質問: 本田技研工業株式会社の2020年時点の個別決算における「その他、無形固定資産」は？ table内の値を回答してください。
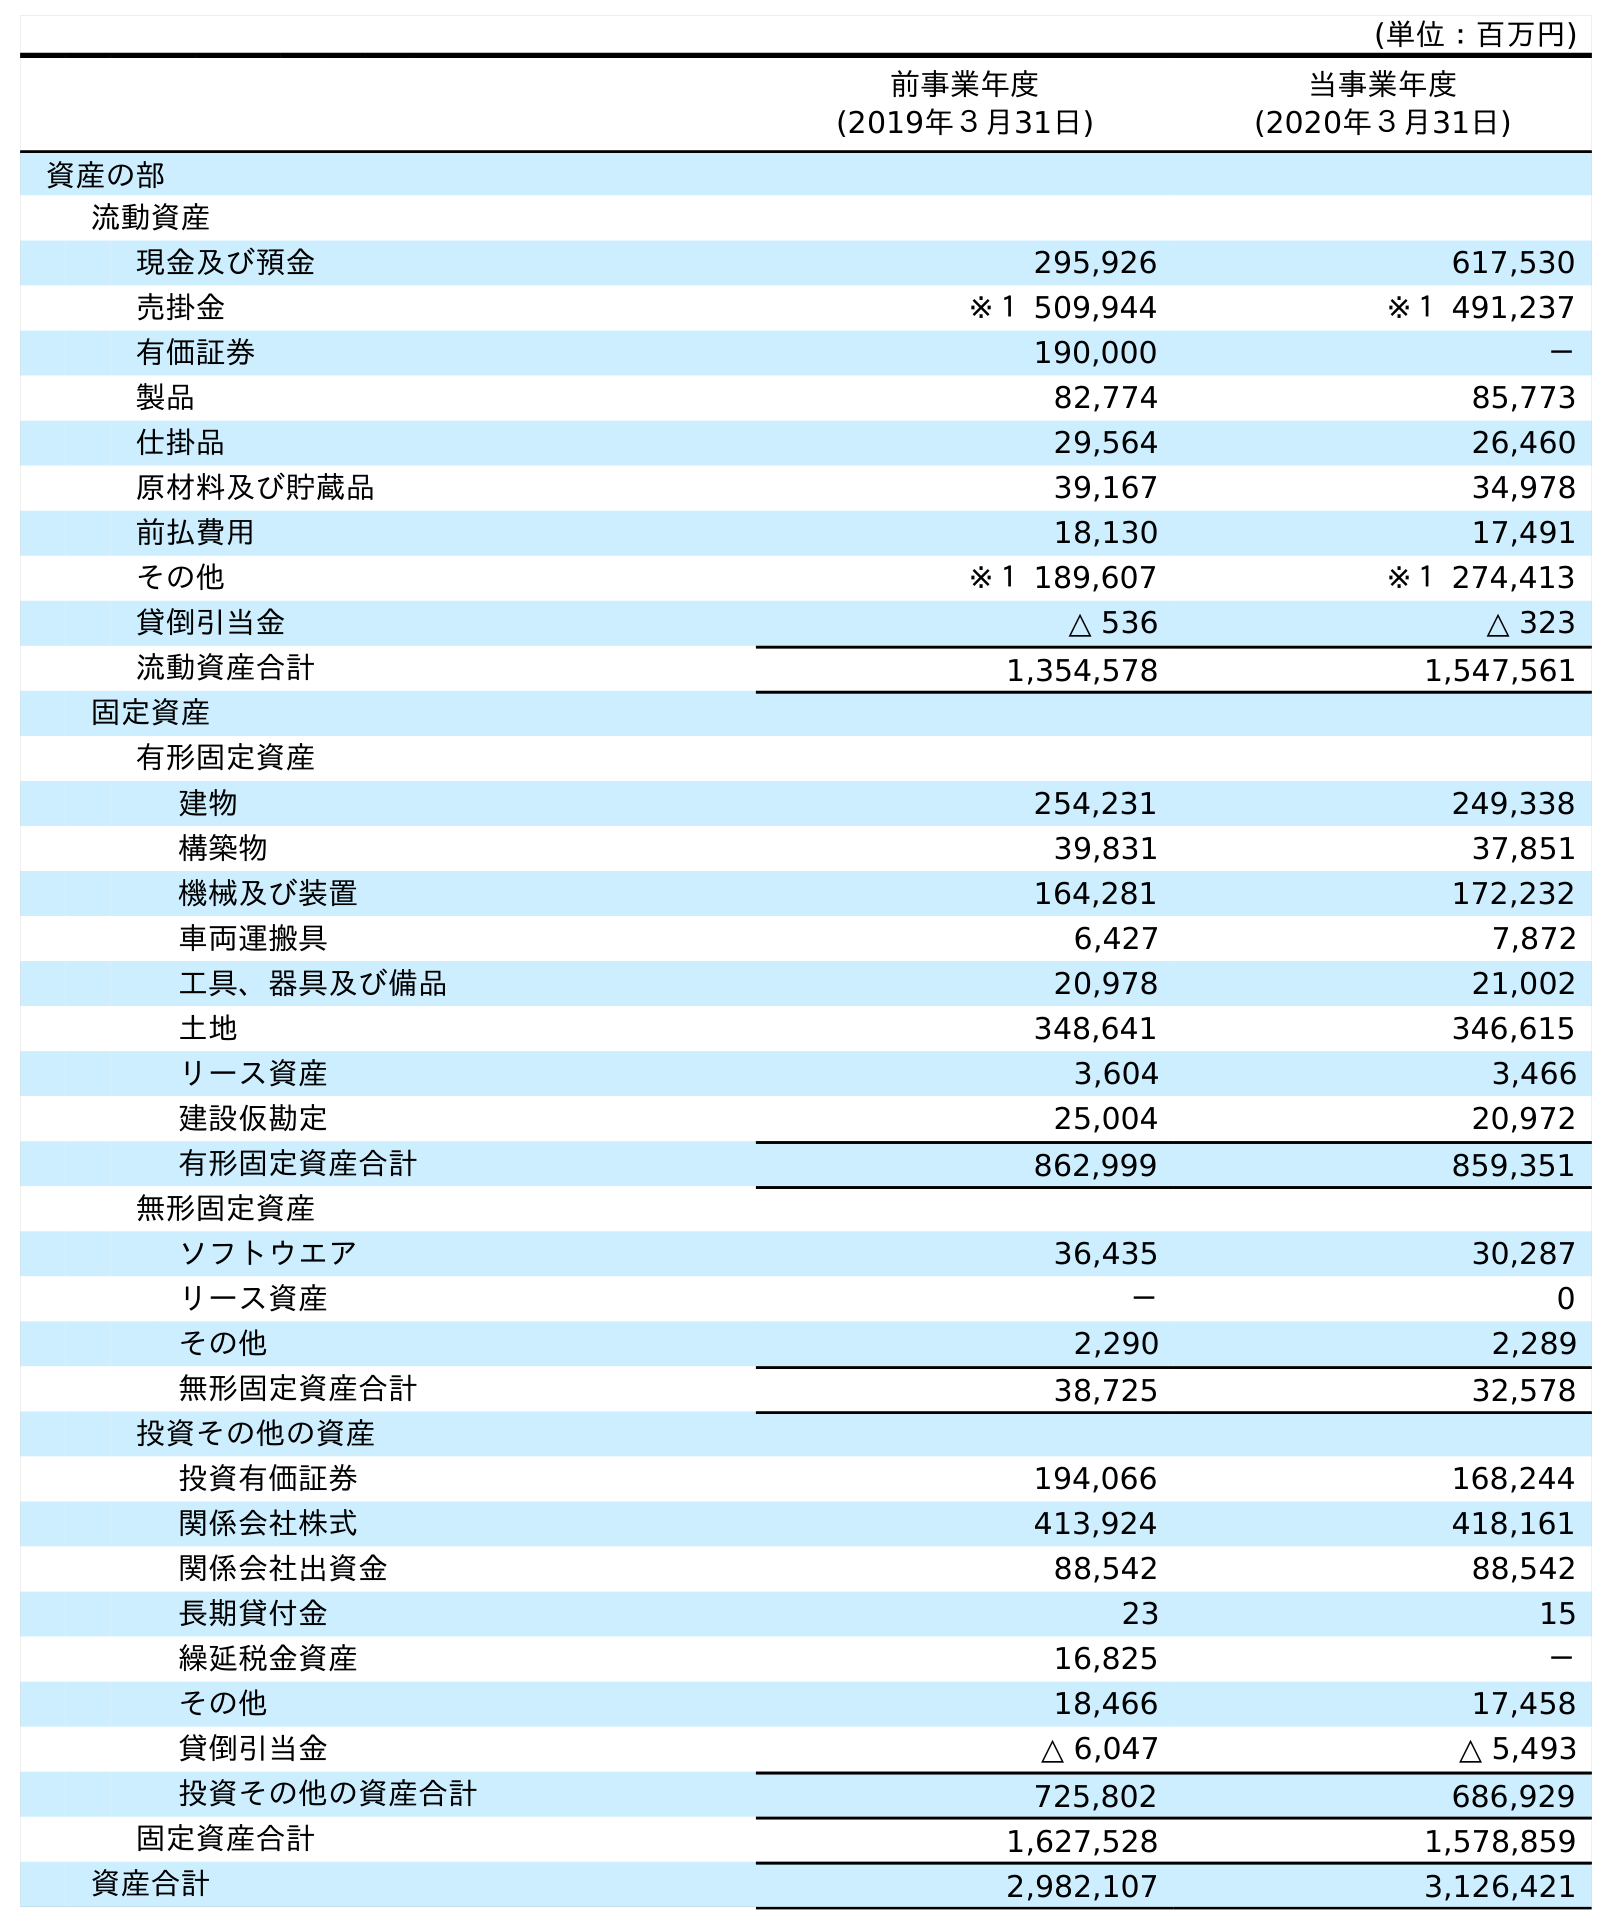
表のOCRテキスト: (単位：百万円) 前事業年度 (2019年３月31日) 当事業年度 (2020年３月31日) 資産の部 流動資産 現金及び預金 295,926 617,530 売掛金 ※１ 509,944 ※１ 491,237 有価証券 190,000 － 製品 82,774 85,773 仕掛品 29,564 26,460 原材料及び貯蔵品 39,167 34,978 前払費用 18,130 17,491 その他 ※１ 189,607 ※１ 274,413 貸倒引当金 △ 536 △ 323 流動資産合計 1,354,578 1,547,561 固定資産 有形固定資産 建物 254,231 249,338 構築物 39,831 37,851 機械及び装置 164,281 172,232 車両運搬具 6,427 7,872 工具、器具及び備品 20,978 21,002 土地 348,641 346,615 リース資産 3,604 3,466 建設仮勘定 25,004 20,972 有形固定資産合計 862,999 859,351 無形固定資産 ソフトウエア 36,435 30,287 リース資産 － 0 その他 2,290 2,289 無形固定資産合計 38,725 32,578 投資その他の資産 投資有価証券 194,066 168,244 関係会社株式 413,924 418,161 関係会社出資金 88,542 88,542 長期貸付金 23 15 繰延税金資産 16,825 － その他 18,466 17,458 貸倒引当金 △ 6,047 △ 5,493 投資その他の資産合計 725,802 686,929 固定資産合計 1,627,528 1,578,859 資産合計 2,982,107 3,126,421
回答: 2,289